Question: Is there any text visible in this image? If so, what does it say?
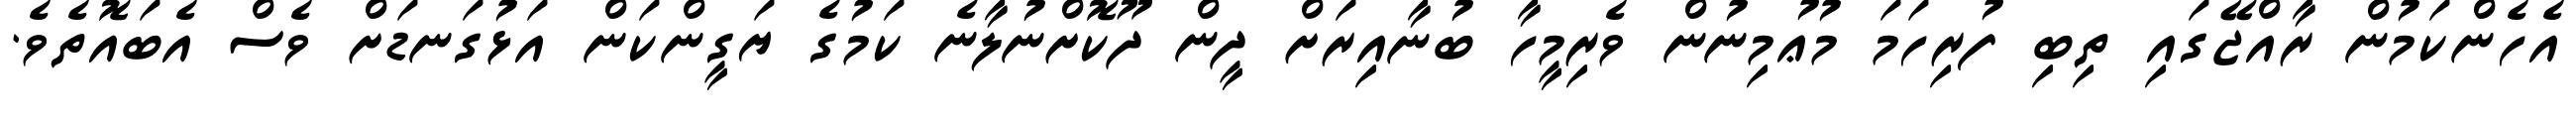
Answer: އެހެންކަމުން ރާއްޖޭގައި ތިބި ފުރިހަމަ މުޢުމިނުން ވެރިމީހާ ބުނާއިރަށް ދީން ދޫކޮށްނުލާނެ ކަމުގެ ޔަގީންކަން އަޅުގަނޑަށް ވެސް އެބައޮތެވެ.